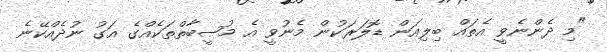
"މި ދެންނެވީ އެތައް ބިލިއަން ޑޮލަރަކުން މެނުވީ އެ މުޞީބާތްތަކެއްގެ އަގު ނުދެއްކޭނެ